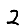
Digit: 2